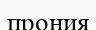
прония